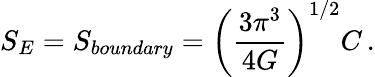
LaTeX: S_{E}=S_{boundary}=\left({\frac{3\pi^{3}}{4G}}\right)^{1/2}C\, .